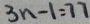
3 n - 1 = 7 7